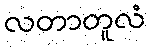
လတာတူလံ